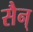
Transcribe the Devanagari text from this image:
सैन्